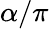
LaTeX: \alpha/\pi